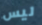
ليس